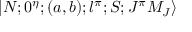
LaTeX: \vert N ; 0 ^ { \eta } ; ( a , b ) ; l ^ { \pi } ; S ; J ^ { \pi } M _ { J } \rangle